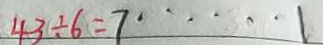
4 3 \div 6 = 7 \cdots 1